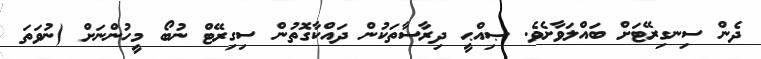
ދެން ސިނގިރޭޓަށް ބައްލަވާށެވެ. ޞިއްޙީ ދިރާސާތަކުން ދައްކާގޮތުން ސިގިރޭޓް ނުބޯ މީހުންނަށް (ނުވަތަ